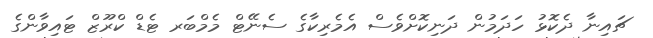
ޗައިނާ ދެކޮޅު ހަދަމުން ދަނިކޮށްވެސް އެމެރިކާގެ ސެނޭޓް މެމްބަރ ޓެޑް ކްރޫޒް ޓައިވާންގެ